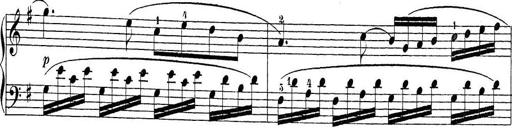
Title: Sonatina Album
Composer: Louis KÃ¶hler